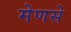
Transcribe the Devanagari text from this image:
मेणसे